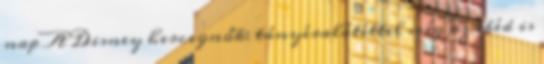
nap A Disney hercegnők: tányéralátéttel még az ebéd is